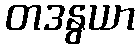
တဒနွယာ